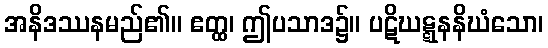
အနိဒဿနမည်၏။ ဧတ္ထ၊ ဤပသာဒ၌။ ပဋိဃဋ္ဋနနိဃံသော၊